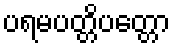
ပရမပတ္တိပတ္တော